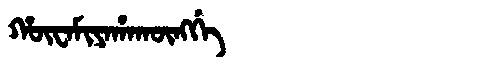
Manchu: ᡥᡡᠸᠠᠮᡳᠶᠠᡥᠠᡴᡡᠩᡤᡝ
Romanization: HŪWAMIYAHAKŪNGGE